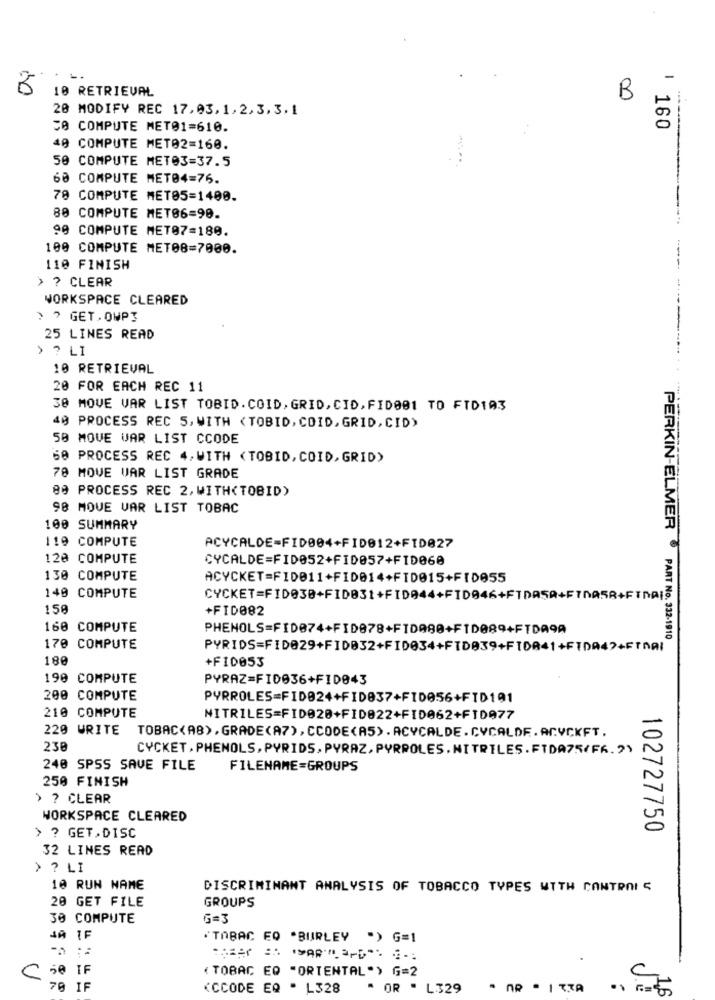
50
10 RETRIEVAL
B
20 MODIFY REC 17,03,1,2,3,3.1
50 COMPUTE MET@1=610.
| 160
40 COMPUTE MET02=160.
50 COMPUTE METO3=37.5
60 COMPUTE MET04=76.
78 COMPUTE MET85=1400.
80 COMPUTE MET06=90.
00 COMPUTE MET07=180.
100 COMPUTE MET0B=7000.
110 FINISH
> ? CLEAR
WORKSPACE CLEARED
> > GET . OWPI
25 LINES READ
> ? LI
10 RETRIEVAL
20 FOR EACH REC 11
30 MOVE VAR LIST TOBID.COID, GRID,CID, FID001 TO FTD103
40 PROCESS REC 5, WITH <TOBID, COID, GRID, CID>
50 MOVE WAR LIST CCODE
60 PROCESS REC 4, WITH <TOBID, COID, GRID)
70 MOVE VAR LIST GRADE
80 PROCESS REC 2, WITH<TOBID)
98 MOVE VAR LIST TOBAC
100 SUMMARY
119 COMPUTE
ACYCALDE-FID004+FID012+FID027
120 COMPUTE
CYCALDE=FID052+FID057+FID060
130 COMPUTE
ACYCKET=FID011+FID014+FID015+FID055
140 COMPUTE
158
+FID082
160 COMPUTE
PHENOLS=FID074+FID878+FID080+FID089+FTDA9A
PERKIN-ELMER PART No. 332-1910
170 COMPUTE
PYRIDS=FID029+FID032+FID034+FID039+FIDA41+FIDA47+FTNAI
180
+FID053
190 COMPUTE
PYRAZ=FID036+FID043
200 COMPUTE
PYRROLES=FID024+FID037+FID056+FID191
210 COMPUTE
NITRILES=FID020+FID822+FID062+FID977
220 WRITE TOBAC(AB),GRADE(A7),CCODE(AS).ACYCALDE.CYCALDE.ACVCKFT.
238
CYCKET, PHENOLS, PYRIDS, PYRAZ, PYRPOLES. NITRILES. FIDA75(FA. 2)
240 SPSS SAVE FILE
FILENAME=GROUPS
250 FINISH
> ? CLEAR
WORKSPACE CLEARED
102727750
> ? GET.DISC
32 LINES READ
> ? LI
10 RUN NAME
DISCRIMINANT ANALYSIS OF TOBACCO TYPES WITH CONTROI S
20 GET FILE
GROUPS
30 COMPUTE
G=3
JA IF
''TABAC EQ "BURLEY ") G=1
( TOBAC EQ "ORIENTAL") G=2
C 50 IF
70 IF
(CCODE EQ . L328
* OR " L329